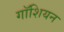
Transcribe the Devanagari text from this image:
गॉशियन